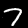
Digit: 7